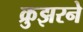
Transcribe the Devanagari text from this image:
क्रुझरने